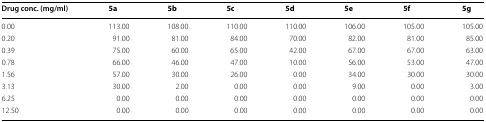
| Drug conc. (mg/ml) | 5a | 5b | 5c | 5d | 5e | 5f | 5g |
 | --- | --- | --- | --- | --- | --- | --- | --- |
 | 0.00 | 113.00 | 108.00 | 110.00 | 110.00 | 106.00 | 105.00 | 105.00 |
 | 0.20 | 91.00 | 81.00 | 84.00 | 70.00 | 82.00 | 81.00 | 85.00 |
 | 0.39 | 75.00 | 60.00 | 65.00 | 42.00 | 67.00 | 67.00 | 63.00 |
 | 0.78 | 66.00 | 46.00 | 47.00 | 10.00 | 56.00 | 53.00 | 47.00 |
 | 1.56 | 57.00 | 30.00 | 26.00 | 0.00 | 34.00 | 30.00 | 30.00 |
 | 3.13 | 30.00 | 2.00 | 0.00 | 0.00 | 9.00 | 0.00 | 3.00 |
 | 6.25 | 0.00 | 0.00 | 0.00 | 0.00 | 0.00 | 0.00 | 0.00 |
 | 12.50 | 0.00 | 0.00 | 0.00 | 0.00 | 0.00 | 0.00 | 0.00 |